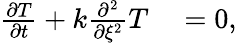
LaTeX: \begin{array}{rl}{\frac{\partial T}{\partial t}+k\frac{\partial^{2}}{\partial\xi^{2}}T}&{{}=0,}\end{array}